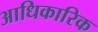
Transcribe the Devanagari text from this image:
अाधिकारिक